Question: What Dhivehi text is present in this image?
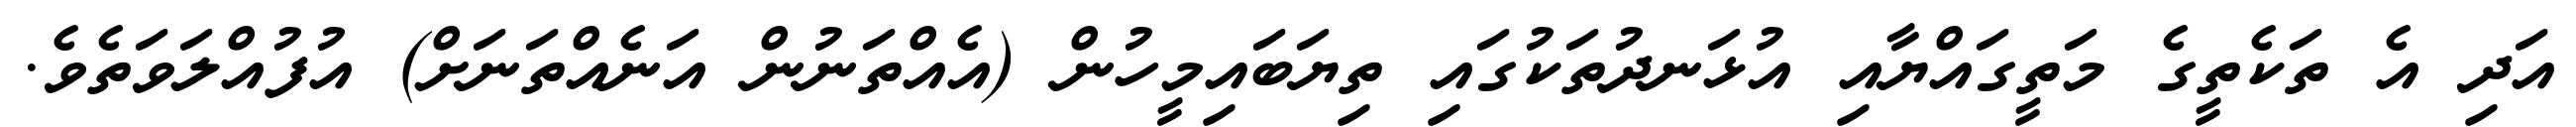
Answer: އަދި އެ ތަކެތީގެ މަތީގައްޔާއި އުޅަނދުތަކުގައި ތިޔަބައިމީހުން (އެއްތަނުން އަނެއްތަނަށް) އުފުއްލަވަތެވެ.